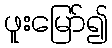
ဖူးမြော်၍